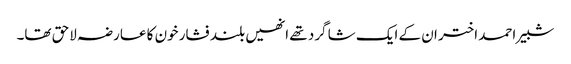
شبیر احمد اختر ان کے ایک شا گرد تھے انھیں بلند فشار خون کا عارضہ لاحق تھا۔